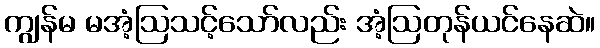
ကျွန်မ မအံ့ဩသင့်သော်လည်း အံ့ဩတုန်ယင်နေဆဲ။